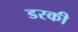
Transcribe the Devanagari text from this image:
डरकी